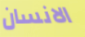
الانسان